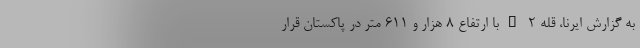
به گزارش ایرنا، قله K-۲ با ارتفاع ۸ هزار و ۶۱۱ متر در پاکستان قرار